Scottish Leaving Certificate Examination, 1956
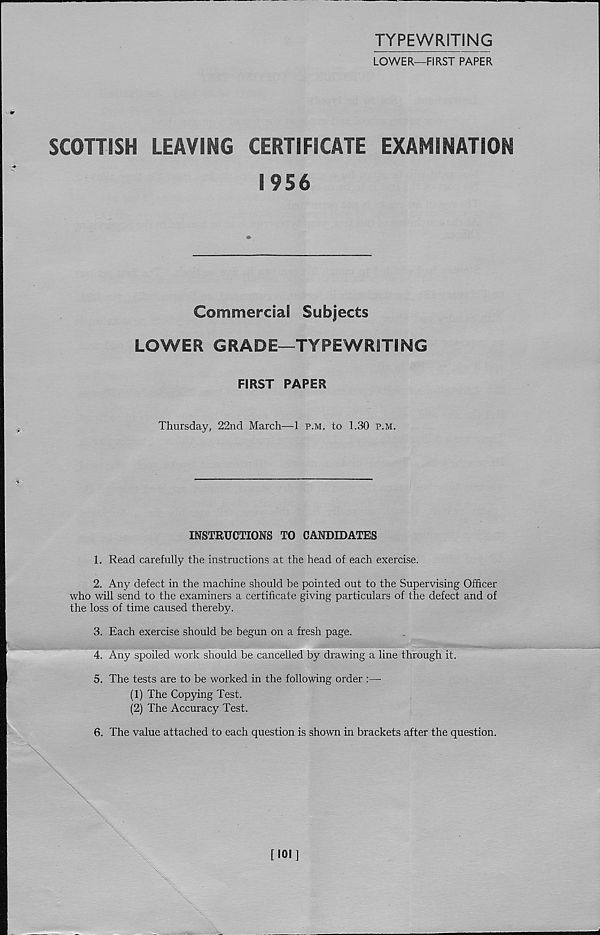
TYPEWRITING
LOWER—FIRST PAPER
SCOTTISH
LEAVING
CERTIFICATE
EXAMINATION
1956
Commercial Subjects
LOWER GRADE—TYPEWRITING
FIRST PAPER
Thursday, 22nd March—1 p.m. to 1.30 p.m.
INSTRUCTIONS TO CANDIDATES
1. Read carefully the instructions at the head of each exercise.
2. Any defect in the machine should be pointed out to the Supervising Officer
who will send to the examiners a certificate giving particulars of the defect and of
the loss of time caused thereby.
3. Each exercise should be begun on a fresh page.
4. Any spoiled work should be cancelled by drawing a line through it.
5. The tests are to be worked in the following order :—-
(1) The Copying Test.
(2) The Accuracy Test.
6. The value attached to each question is shown in brackets after the question.
\
[101]